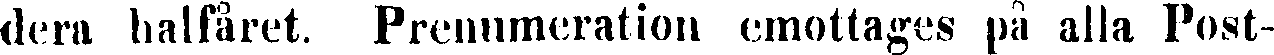
dera halfåret. Prenumeration emottages på alla Post-